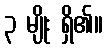
၃ မျိုး ရှိ၏။